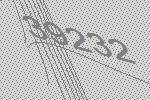
39232